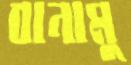
বানামু